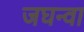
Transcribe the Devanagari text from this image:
जघन्वा